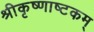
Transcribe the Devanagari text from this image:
श्रीकृष्णाष्टकम्